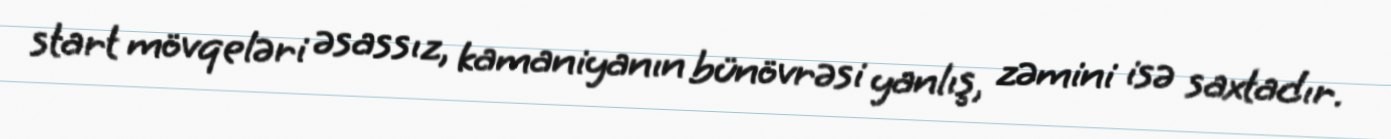
start mövqeləri əsassız, kamaniyanın bünövrəsi yanlış, zəmini isə saxtadır.